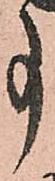
事